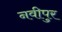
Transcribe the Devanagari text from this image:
नवीपुर